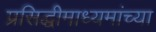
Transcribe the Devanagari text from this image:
प्रसिद्धीमाध्यमांच्या